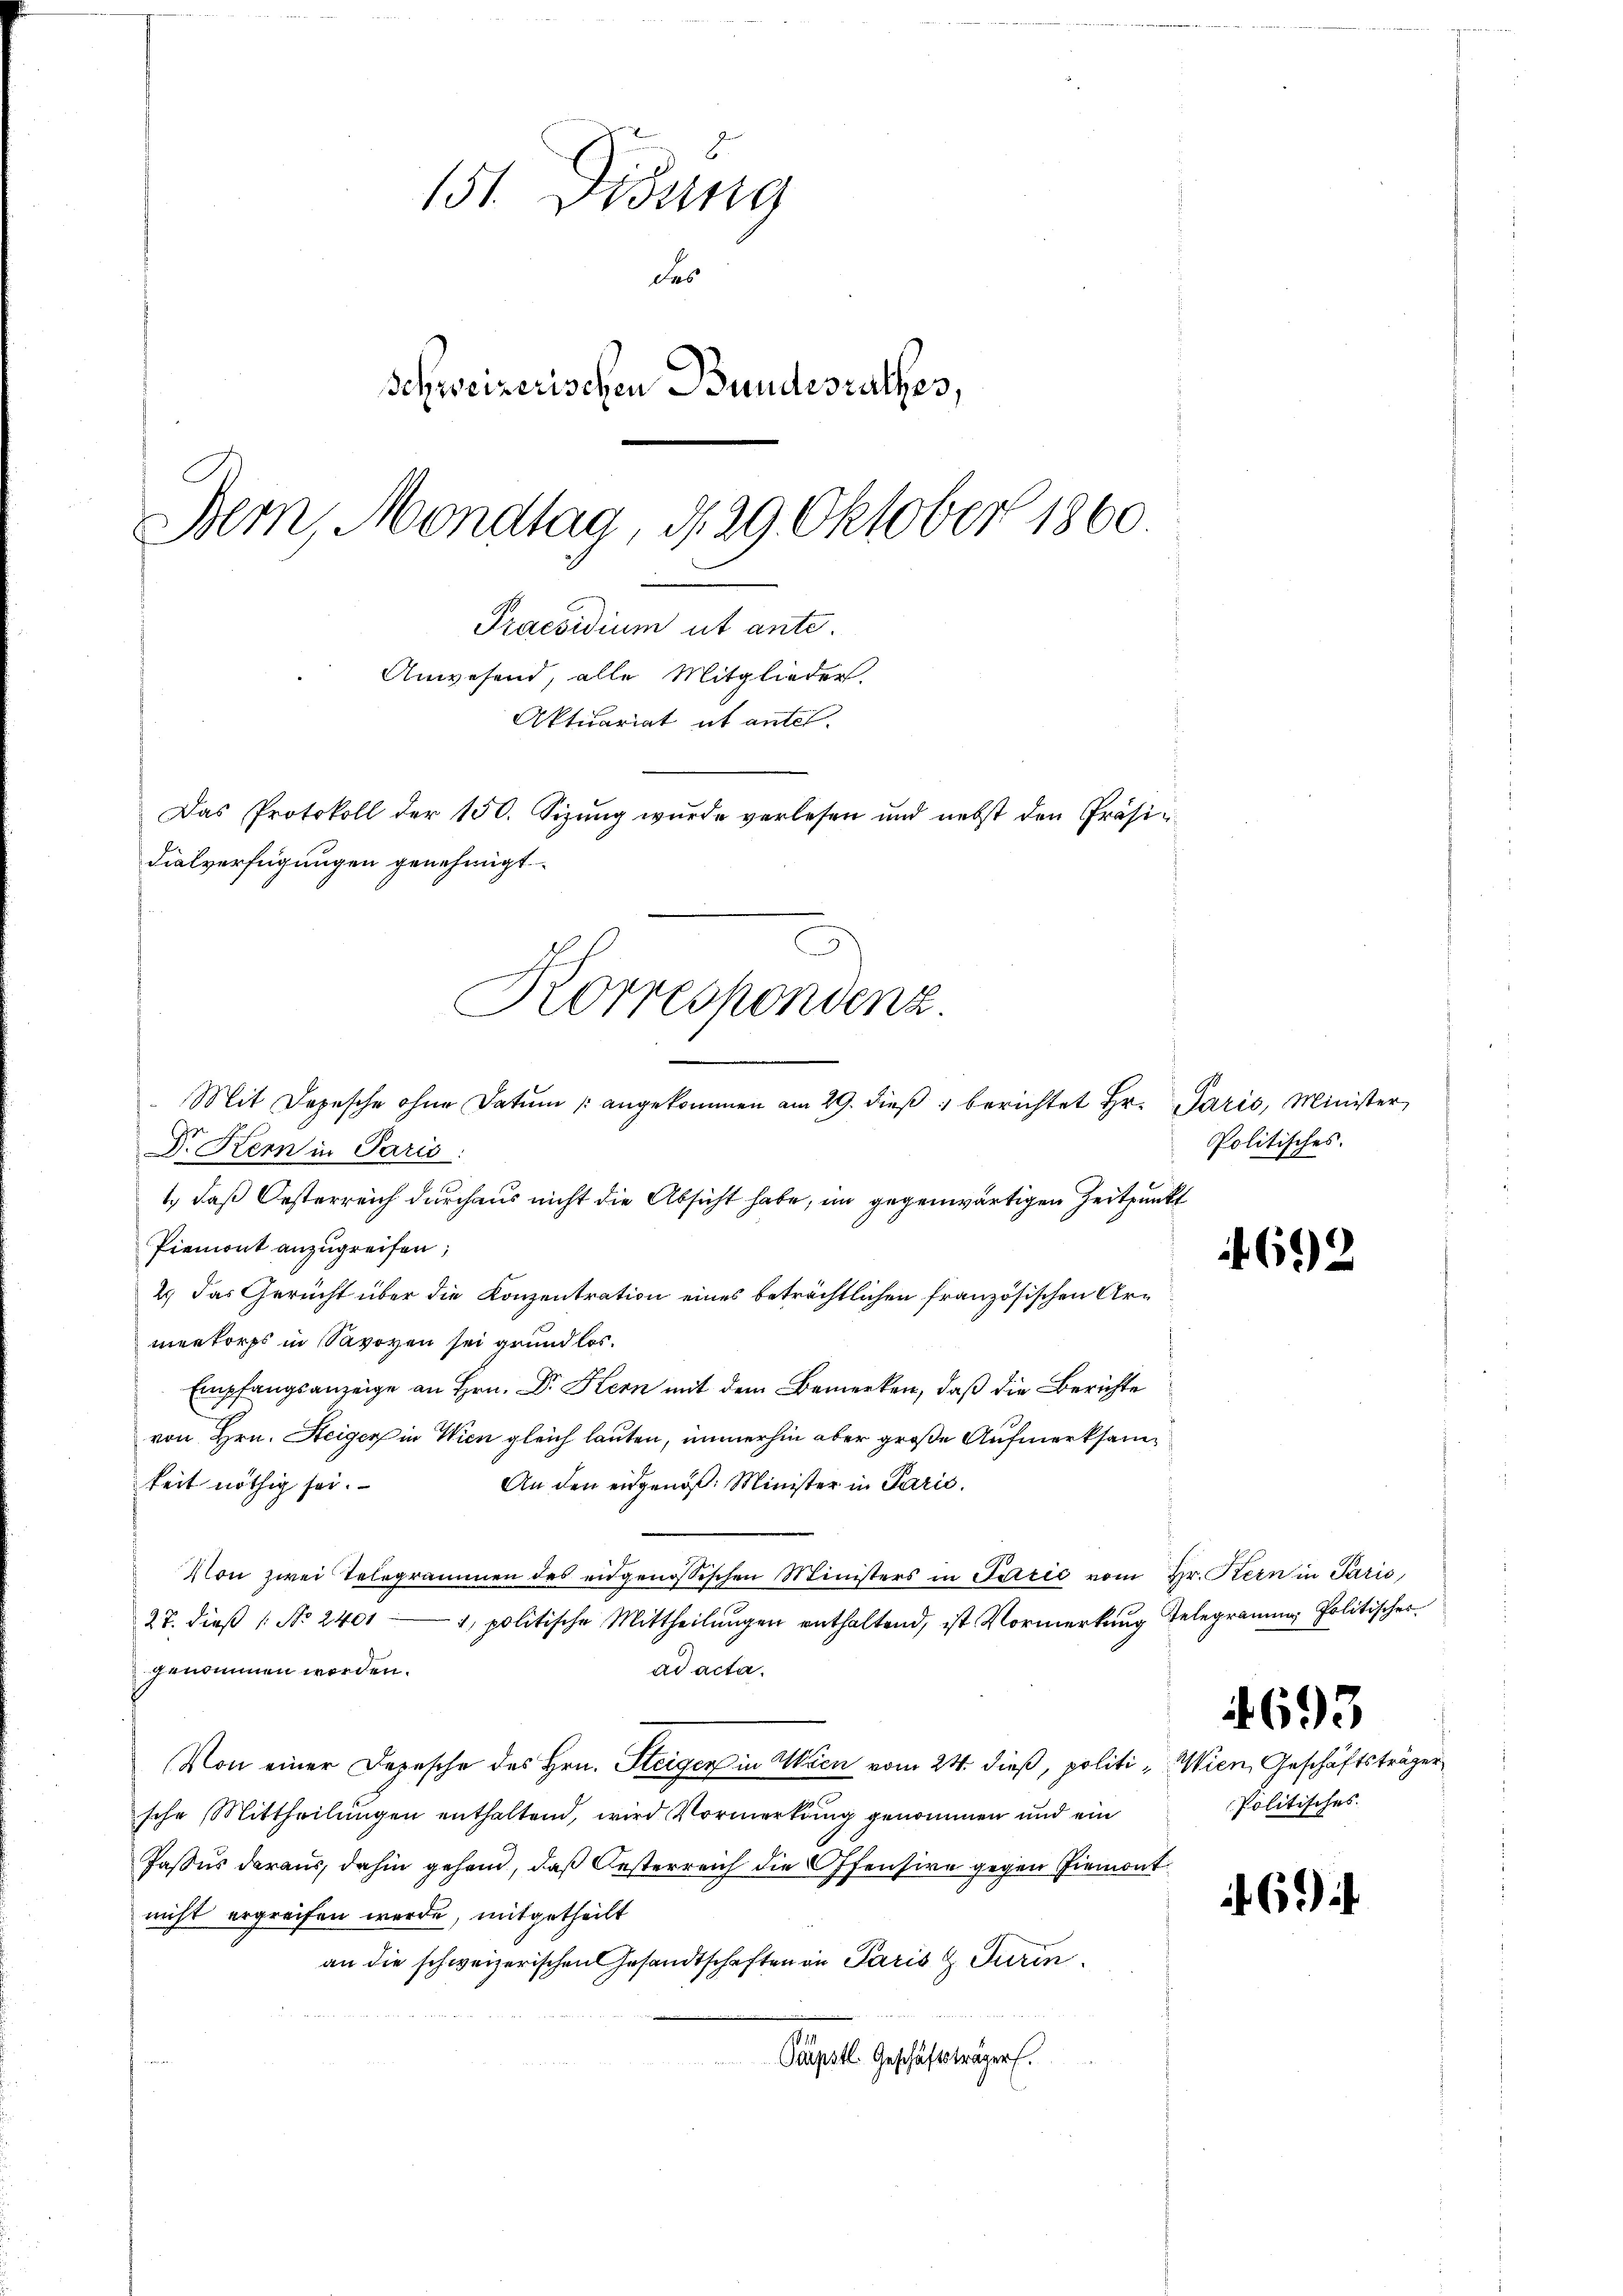
151. Disung
das
Schweizerischen Bundesrathes,
Bern, Mondtag, d. 29 Oktober 1860.
Praesidium ut ante.
Anwesend, alle Mitglieder.
Aktuariat it antes.
Das Protokoll der 150. Sizung wurde verlesen und nebst den Präsi¬

3
 Mit Depesche ohne Datum angekommen am 29. dieβ " berichtet Hr. Paris, Minister
Dr. Kern in Paris.
1., daß Oesterreich durchaus nicht die Absicht habe, im gegenwärtigen Zeitpunkt
Piemont anzugreifen,
2.) Das Gericht über die Konzentration eines beträchtlichen französischen Armeekorps in Savoyen sei grund los.
Empfangsanzeige an Hrn. Dr. Kern mit dem Bemerken, daß die Berichte
von Hrn. Steiger in Wien gleich lauten, immerhin aber große Aufmerksamkeit nöthig sei.
An den eidgenöß: Minister in Paris.
Von zwei Telegrammen des eidgenössischen Ministers in Sačić vom Hr. Kern in Paris
1 politische Mittheilungen enthaltend, ist Vormerkung Telegramm, Politischer
27. dieß (: No 2401
ad acta.
genommen werden.
Von einer Depesche des Hrn. Steigen in Wien vom 24. dieß, politi, Wien, Geschäftsträger
sche Mittheilungen enthaltend, wird Vormerkung genommen und ein
Jasus daraus, dahin gehen, daß Oesterreich die Offensive gegen Piemont
nicht ergreifen werde, mitgetheilt
an die schweizerischen Gesandtschaften in Paris & Turin
Papstl. Geschäftsträgers.

dialverfügungen genehmigt.
Korrespondenz.

Politisches.

692

4693
Politisches.

694